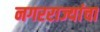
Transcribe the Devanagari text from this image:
नगरराज्यांचा